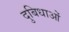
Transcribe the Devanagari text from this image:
दुबिधाओं